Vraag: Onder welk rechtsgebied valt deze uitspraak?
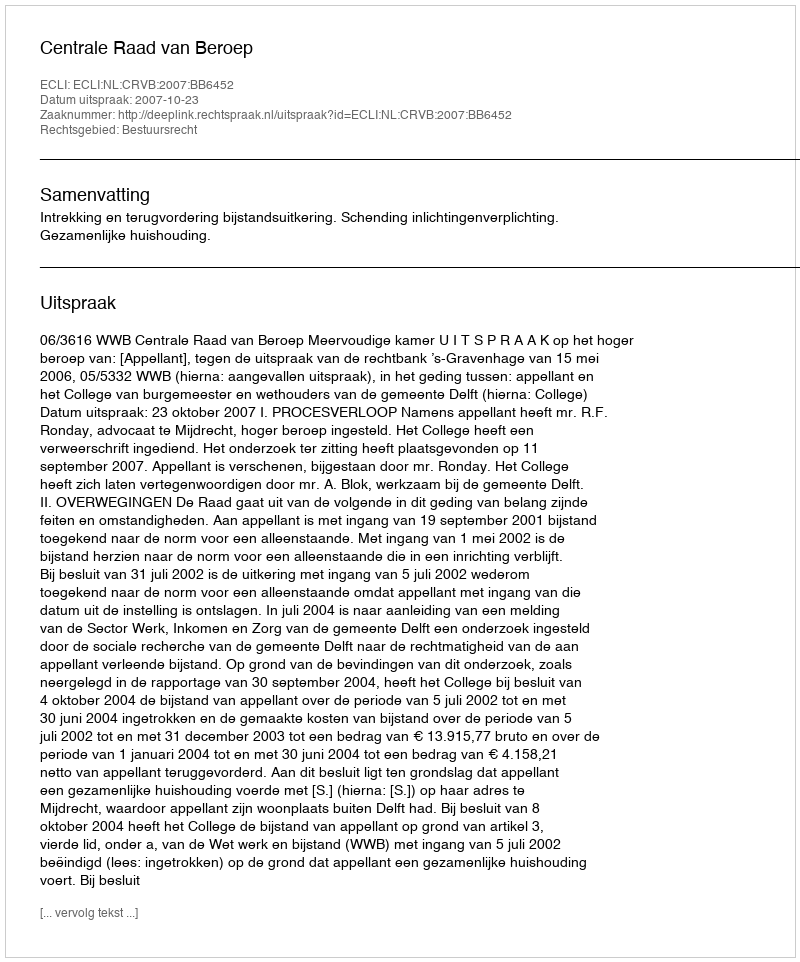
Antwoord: Bestuursrecht